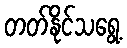
တတ်နိုင်သရွေ့